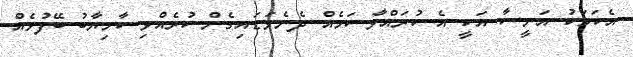
އެކަމަކު އަނީސާ އަކީ އެ ކުރައްވާ ކަމެއް ދެނެވަޑައިގެން ކުރެއްވި ކާމިޔާބު ބޭފުޅެއް